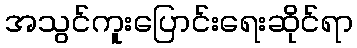
အသွင်ကူးပြောင်းရေးဆိုင်ရာ